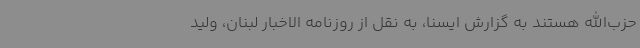
حزب‌الله هستند به گزارش ایسنا، به نقل از روزنامه الاخبار لبنان، ولید